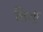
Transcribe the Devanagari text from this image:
शिर्णी